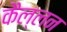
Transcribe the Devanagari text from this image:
कैल्लन